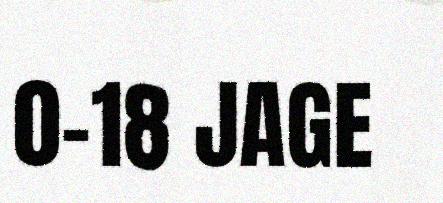
0-18 JAGE